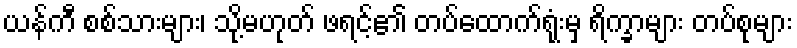
ယန်ကီ စစ်သားများ၊ သို့မဟုတ် ဖရင့်၏ တပ်ထောက်ရုံးမှ ရိက္ခာများ တပ်စုများ